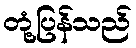
တုံ့ပြန်သည်